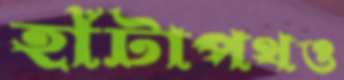
হাঁটাপথও